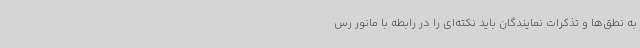
به نطق‌ها و تذکرات نمایندگان باید نکته‌ای را در رابطه با مانور رس